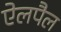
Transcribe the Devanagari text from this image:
ऐलपैल